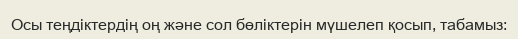
Осы теңдіктердің оң және сол бөліктерін мүшелеп қосып, табамыз: